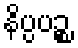
နိပ္ပပဉ္စ